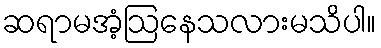
ဆရာမအံ့ဩနေသလားမသိပါ။